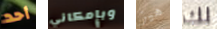
أحد وبإمكاني هيز لك